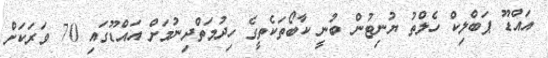
އައްޑޫ ޕަބްލިކް ހެލްތު ޔުނިޓުން ބުނީ ކާބޯތަކެތީގެ ހިދުމަތްދިނުމަށް އައްޑޫގައި 70 ވަރަކަށް